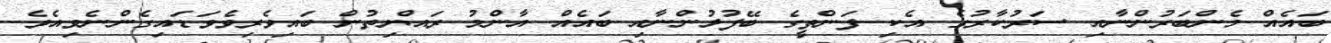
ބައެއް މެންބަރުންނާއި ސަރުކާރުގެ އެކި ފަންތީގެ ބޭފުޅުންނާއި ބައެއް އާންމު ރައްޔިތުން ބައިވެރިވެވަޑައިގެންނެވިއެވެ.